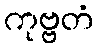
ကုဗ္ဗတံ